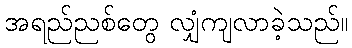
အရည်ညစ်တွေ လျှံကျလာခဲ့သည်။